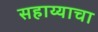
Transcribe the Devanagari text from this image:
सहाय्याचा